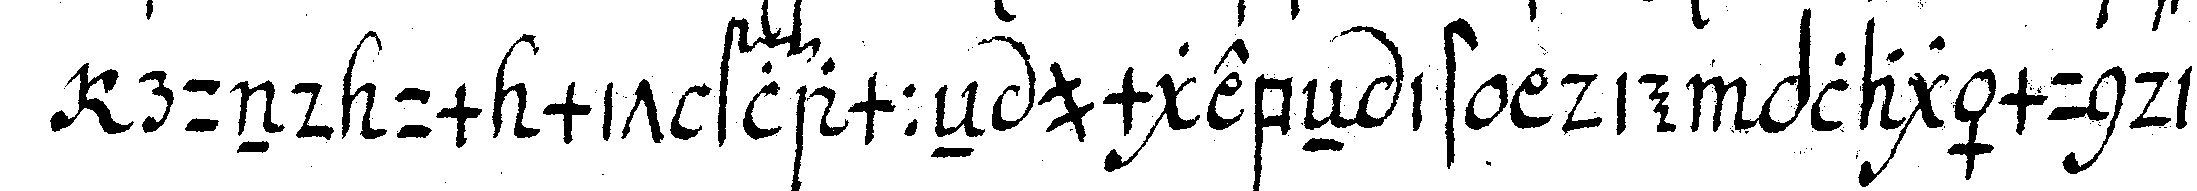
rund um mit flammeN umgebeN ist die plagämundi